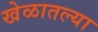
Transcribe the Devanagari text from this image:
खेळातल्या